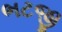
ભટજી